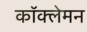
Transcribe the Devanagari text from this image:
कॉक्लेमन